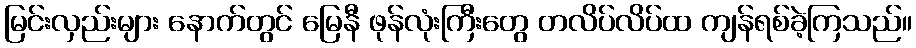
မြင်းလှည်းများ နောက်တွင် မြေနီ ဖုန်လုံးကြီးတွေ တလိပ်လိပ်ထ ကျန်ရစ်ခဲ့ကြသည်။